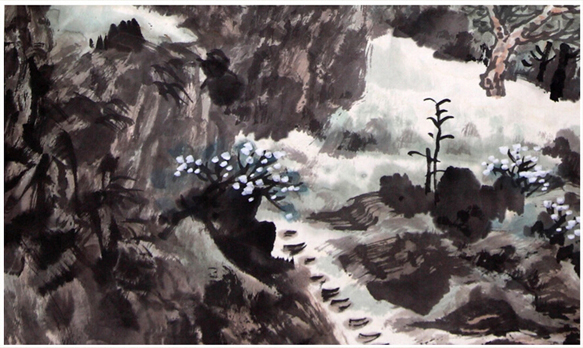
霭芳阴未解，乍天气过元宵。